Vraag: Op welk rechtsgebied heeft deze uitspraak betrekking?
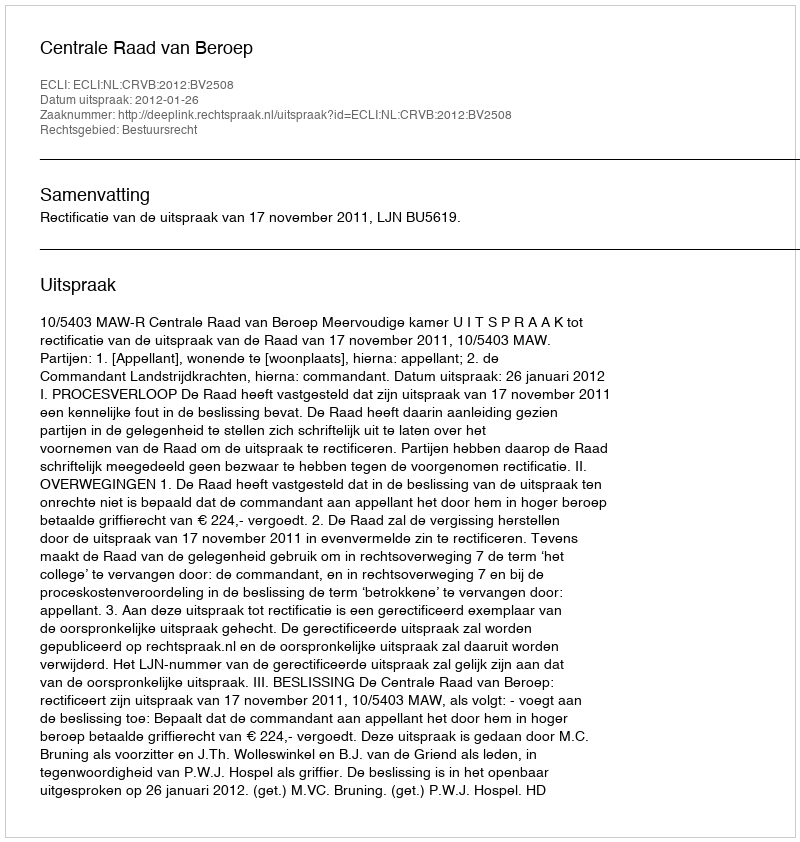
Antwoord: Bestuursrecht